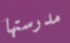
مدرستها